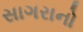
સાગરાનો